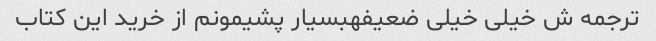
ترجمه ش خیلی خیلی ضعیفهبسیار پشیمونم از خرید این کتاب